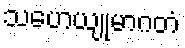
သဟေယျုမာဂတံ